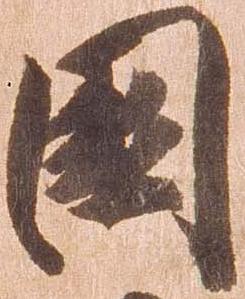
国